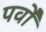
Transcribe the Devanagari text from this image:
पर्वोँ